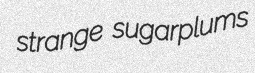
strange sugarplums